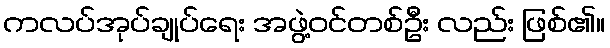
ကလပ်အုပ်ချုပ်ရေး အဖွဲ့ဝင်တစ်ဦး လည်း ဖြစ်၏။